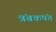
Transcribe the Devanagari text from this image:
त्रंबकपंत